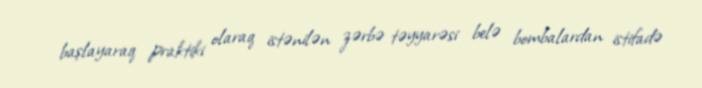
başlayaraq praktiki olaraq istənilən zərbə təyyarəsi belə bombalardan istifadə